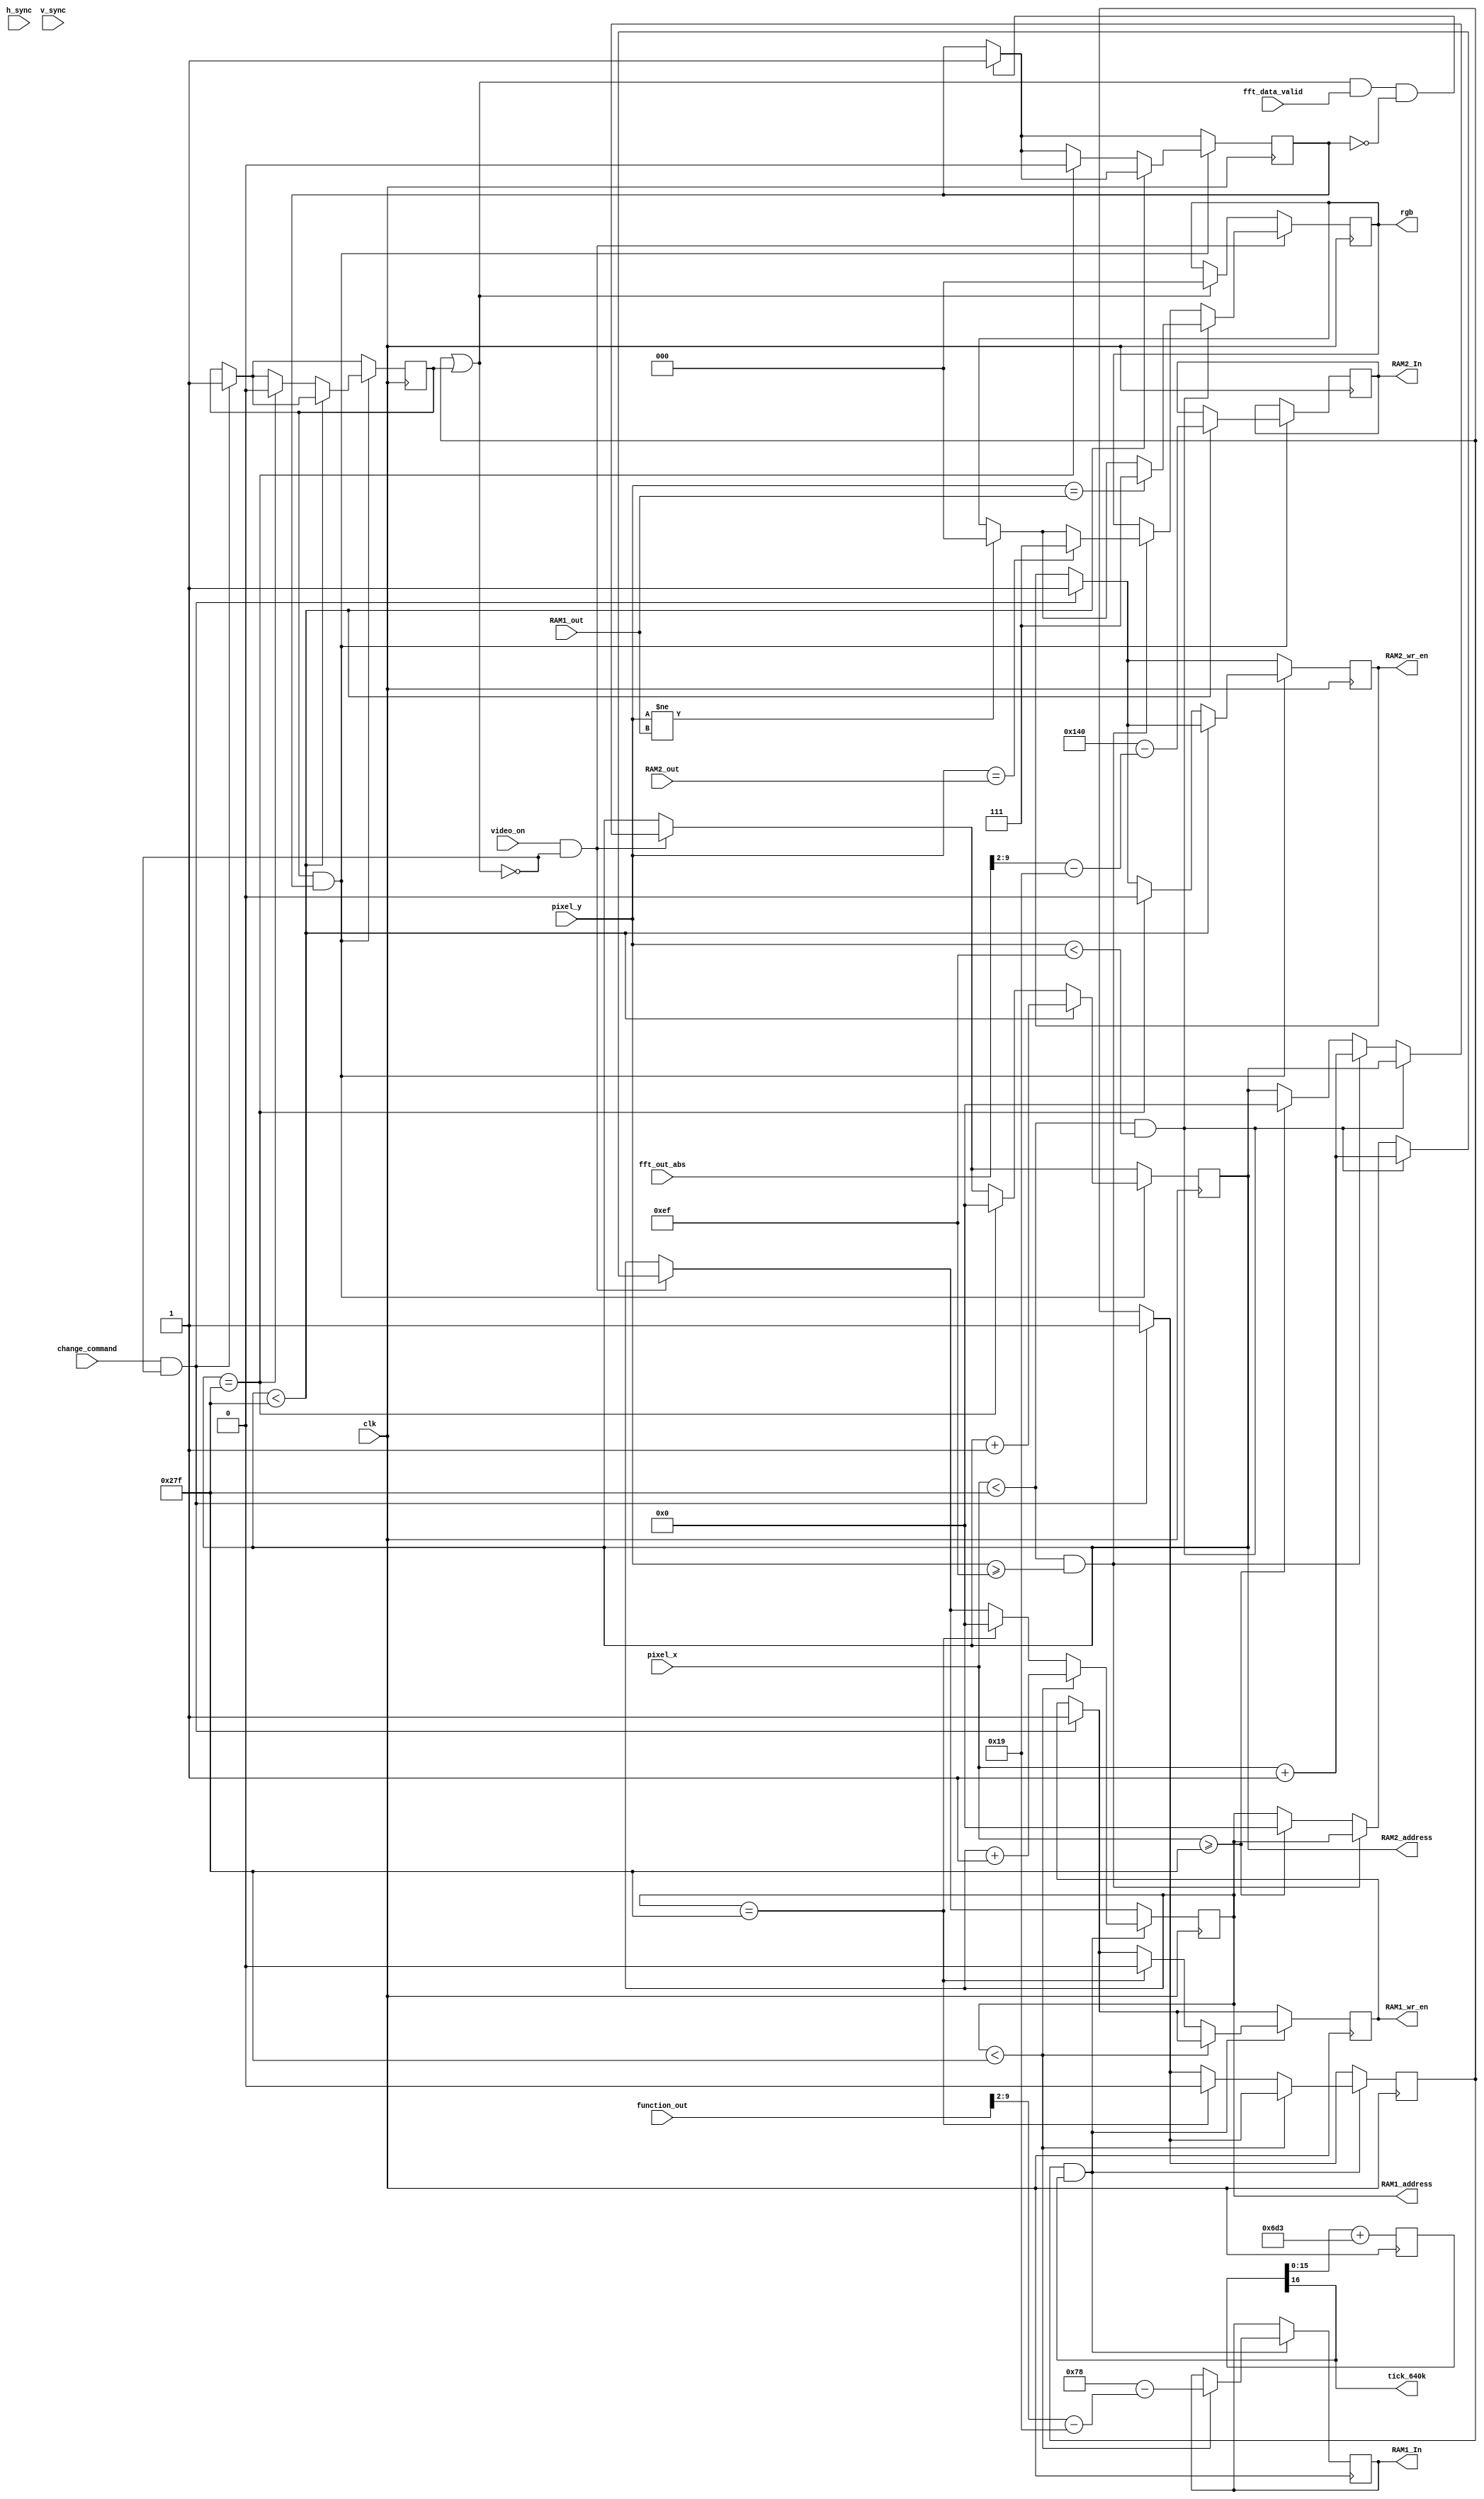
`timescale 1ns / 1ps
//////////////////////////////////////////////////////////////////////////////////
// Company: 
// Engineer: 
// 
// Design Name: 
// Module Name:    Handler 
// Project Name: 
// Target Devices: 
// Tool versions: 
// Description: 
//
// Dependencies: 
//
// Revision: 
// Revision 0.01 - File Created
// Additional Comments: 
//
//////////////////////////////////////////////////////////////////////////////////
module Handler(

    input video_on,
    input clk,
    input h_sync,
    input v_sync,
    input [9:0] function_out,
    input change_command,
	 input [9:0] pixel_x,
	 input [9:0] pixel_y,
	 input [8:0] RAM1_out,
	 input [8:0] RAM2_out,
	 input [9:0] fft_out_abs,
	 input fft_data_valid,
	 output tick_640k,
	 output reg [8:0] RAM1_In = 0,
	 output reg [9:0] RAM1_address = 0,
	 output reg RAM1_wr_en = 0,
	 output reg [8:0] RAM2_In = 0,
	 output reg [9:0] RAM2_address = 0,
	 output reg RAM2_wr_en = 0,
	 output reg [2:0] rgb = 0
	 
    );
	 
//////////////////////////////////////////////////////////////////////////////////
//definitions
wire change_happening;
reg change_done = 0;
reg fft_sampling = 0; 
reg RAM1_changing = 0;
reg RAM2_changing = 0;
//////////////////////////////////////////////////////////////////////////////////
assign change_happening = RAM1_changing | RAM2_changing;
//////////////////////////////////////////////////////////////////////////////////
//Creating a 640KHz tick
	parameter ClkFrequency = 24_000_000; // 24MHz
	parameter Baud = 640_000;
	parameter BaudGeneratorAccWidth = 16;
	parameter BaudGeneratorInc = ((Baud<<(BaudGeneratorAccWidth-8)))/(ClkFrequency>>8);

	reg [BaudGeneratorAccWidth:0] BaudGeneratorAcc = 0;
	always @(posedge clk)
	  BaudGeneratorAcc <= BaudGeneratorAcc[BaudGeneratorAccWidth-1:0] + BaudGeneratorInc;

	assign tick_640k = BaudGeneratorAcc[BaudGeneratorAccWidth];
//////////////////////////////////////////////////////////////////////////////////	

//////////////////////////////////////////////////////////////////////////////////
always @(posedge clk) begin


//////////////////////
        if (change_command == 1 && change_happening == 0)begin
                RAM1_changing <= 1;
					 RAM2_changing <= 1;
                RAM1_wr_en <= 1;
					 RAM2_wr_en <= 1;
        end
		  
		  if(change_happening == 1 && fft_data_valid == 1 && fft_sampling == 0)
						fft_sampling <= 1;
			
//////////////////////

//////////////////////
		if ( video_on == 1 && change_happening == 0)begin
		
				if(pixel_x < 639 && pixel_y < 239)begin
						RAM1_address <= pixel_x + 1;
						if(pixel_y == RAM1_out)begin
								rgb <= 3'b111;
						end
						else if (pixel_y != RAM1_out)begin
								rgb <= 3'b000;
						end
				end
				
				else if(pixel_x < 639 && pixel_y >= 239)begin
						RAM2_address <= pixel_x + 1;
						if(pixel_y == RAM2_out)begin
									rgb <= 3'b111;
						end
						else if (pixel_y != RAM1_out)begin
								rgb <= 3'b000;
						end
				end
					
				else if (pixel_x >= 639)begin
						RAM1_address <= 0;
						RAM2_address <= 0;
				end
			end
		else if (change_happening == 1)
				rgb <= 3'b000;
				
//////////////////////

//////////////////////
        if(RAM1_changing == 1 && tick_640k == 1) begin
						
					 
                if(RAM1_address < 639) begin
                        RAM1_address <= RAM1_address + 1;
                        RAM1_In <= 120-( (function_out >> 2) - 25);
                end

                else if (RAM1_address == 639) begin
                        RAM1_address <= 0;
								RAM1_wr_en <= 0 ;
								RAM1_changing <= 0 ;
                end
        end
//////////////////////
			if(RAM2_changing == 1 && fft_sampling == 1)begin
				
					if(RAM2_address < 639)begin
								RAM2_address <= RAM2_address + 1;
                        RAM2_In <= 320-( (fft_out_abs >> 2) - 25);
                end

                else if (RAM2_address == 639) begin
                        RAM2_address <= 0;
								fft_sampling  <= 0;
								RAM2_wr_en <= 0;
								RAM2_changing <= 0;
                end
        end		
//////////////////////

        if(change_done == 1)
                change_done <= 0;
end
//////////////////////////////////////////////////////////////////////////////////

endmodule